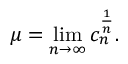
\mu = \operatorname* { l i m } _ { n \to \infty } c _ { n } ^ { \frac { 1 } { n } } .